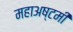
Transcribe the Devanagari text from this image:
महाअष्टमी